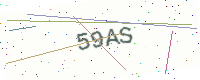
Text: 59AS